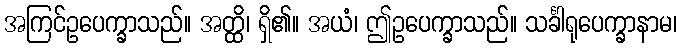
အကြင်ဥပေက္ခာသည်။ အတ္ထိ၊ ရှိ၏။ အယံ၊ ဤဥပေက္ခာသည်။ သင်္ခါရုပေက္ခာနာမ၊